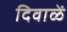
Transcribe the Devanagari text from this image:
दिवाळें